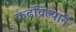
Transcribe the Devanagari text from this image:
कढविल्याने